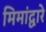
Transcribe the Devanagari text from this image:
मिमांद्वारे